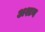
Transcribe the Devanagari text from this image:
अश्टन